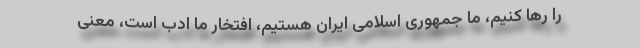
را رها کنیم، ما جمهوری اسلامی ایران هستیم، افتخار ما ادب است،‌ معنی